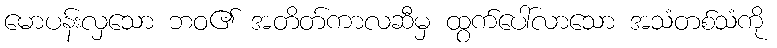
မောပန်းလှသော ဘဝ၏ အတိတ်ကာလဆီမှ ထွက်ပေါ်လာသော အသံတစ်သံကို